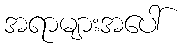
အရာများအပေါ်